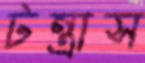
টন্ত্রাস